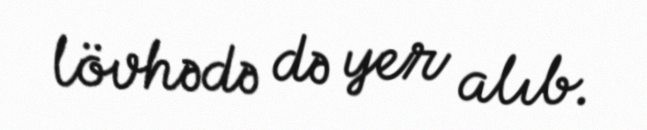
lövhədə də yer alıb.